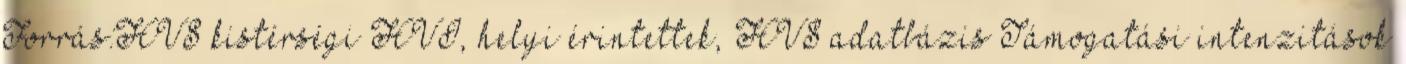
Forrás:HVS kistérségi HVI, helyi érintettek, HVS adatbázis Támogatási intenzitások